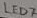
Text: LED7